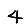
Digit: 4